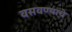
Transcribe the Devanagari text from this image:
वसवण्याचे